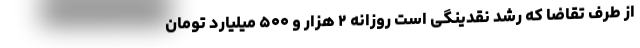
از طرف تقاضا که رشد نقدینگی است روزانه ۲ هزار و ۵۰۰ میلیارد تومان